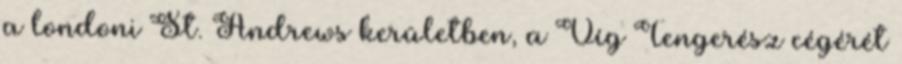
a londoni St. Andrews kerületben, a Víg Tengerész cégérét